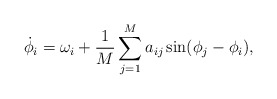
\begin{align*} \dot \phi_i = \omega_i + \frac 1M \sum_{j=1}^M a_{ij} \sin(\phi_j-\phi_i),\end{align*}